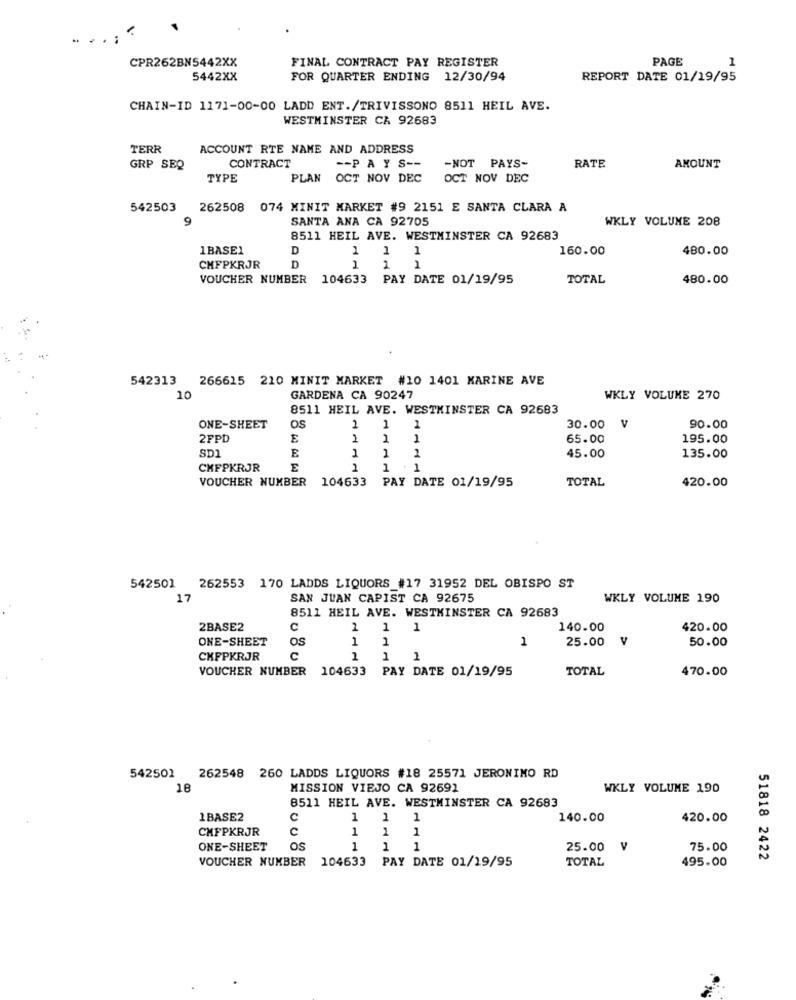
CPR262BN5442XX
FINAL CONTRACT PAY REGISTER
PAGE
1
5442XX
FOR QUARTER ENDING 12/30/94
REPORT DATE 01/19/95
CHAIN-ID 1171-00-00 LADD ENT./TRIVISSONO 8511 HEIL AVE.
WESTMINSTER CA 92683
TERR
ACCOUNT RTE NAME AND ADDRESS
-- PAYS --
RATE
GRP SEQ
CONTRACT
-NOT PAYS-
AMOUNT
TYPE
PLAN OCT NOV DEC
OCT NOV DEC
542503
262508 074 MINIT MARKET #9 2151 E SANTA CLARA A
9
SANTA ANA CA 92705
WKLY VOLUME 208
8511 HEIL AVE. WESTMINSTER CA 92683
1BASE1
D
1
1
1
160.00
480.00
CHFPKRJR
D
1
2
1
VOUCHER NUMBER 104633 PAY DATE 01/19/95
TOTAL
480.00
542313
266615 210 MINIT MARKET #10 1401 KARINE AVE
10
GARDENA CA 90247
WKLY VOLUME 270
8511 HEIL AVE. WESTMINSTER CA 92683
ONE-SHEET
os
2
1
30.00 V
90.00
2FPD
E
2
1
1
65.00
195.00
SD1
E
1
1
45.00
2
135.00
CHFPKRJR
1
1
VOUCHER NUMBER
104633 PAY DATE 01/19/95
TOTAL
420.00
542501 262553 170 LADDS LIQUORS #17 31952 DEL OBISPO ST
17
SAN JUAN CAPIST CA 92675
WKLY VOLUME 190
8511 HEIL AVE. WESTMINSTER CA 92683
2BASE2
C
2
1
1
140.00
420.00
ONE-SHEET
OS
1
1
1
25.00 V
50.00
CKFPKRJR
C
1
1
1
VOUCHER NUMBER 104633 PAY DATE 01/19/95
TOTAL
470.00
542501 262548 260 LADDS LIQUORS #18 25571 JERONIMO RD
18
MISSION VIEJO CA 92691
WKLY VOLUME 190
8511 HEIL AVE. WESTMINSTER CA 92683
1BASE2
C
1 1
1
140.00
420.00
CHFPKRJR
C
1
1
1
ONE-SHEET
os
1
1
1
25.00
v
75.00
VOUCHER NUMBER 104633 PAY DATE 01/19/95
TOTAL
495.00
51818 2422